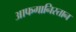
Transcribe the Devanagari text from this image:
आफगानिस्तान